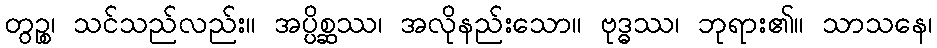
တွဉ္စ၊ သင်သည်လည်း။ အပ္ပိစ္ဆဿ၊ အလိုနည်းသော။ ဗုဒ္ဓဿ၊ ဘုရား၏။ သာသနေ၊